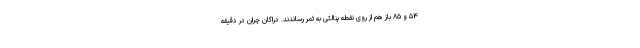
۵۴ و ۸۵ باز هم از روی نقطه پنالتی به ثمر رساندند. دراگان چران در دقیقه